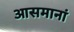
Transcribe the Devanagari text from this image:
आसमानां